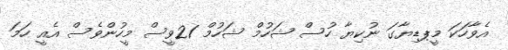
އެވާހަކަ މީޕޑިޔާގަ ނުކިޔާ ހުސް ޝަހުމް ޝަހުމް 21ވީސް މީހުންވެސް އެއީ ހަމަ